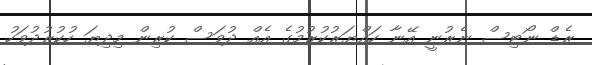
ރެޑް ނޯޓިސް ނެރުނީ އޭނާ ހައްޔަރުކުރުމުގެ އެއް ދުވަސް ކުރިން މިދިޔަ ހުކުރުދުވަހު